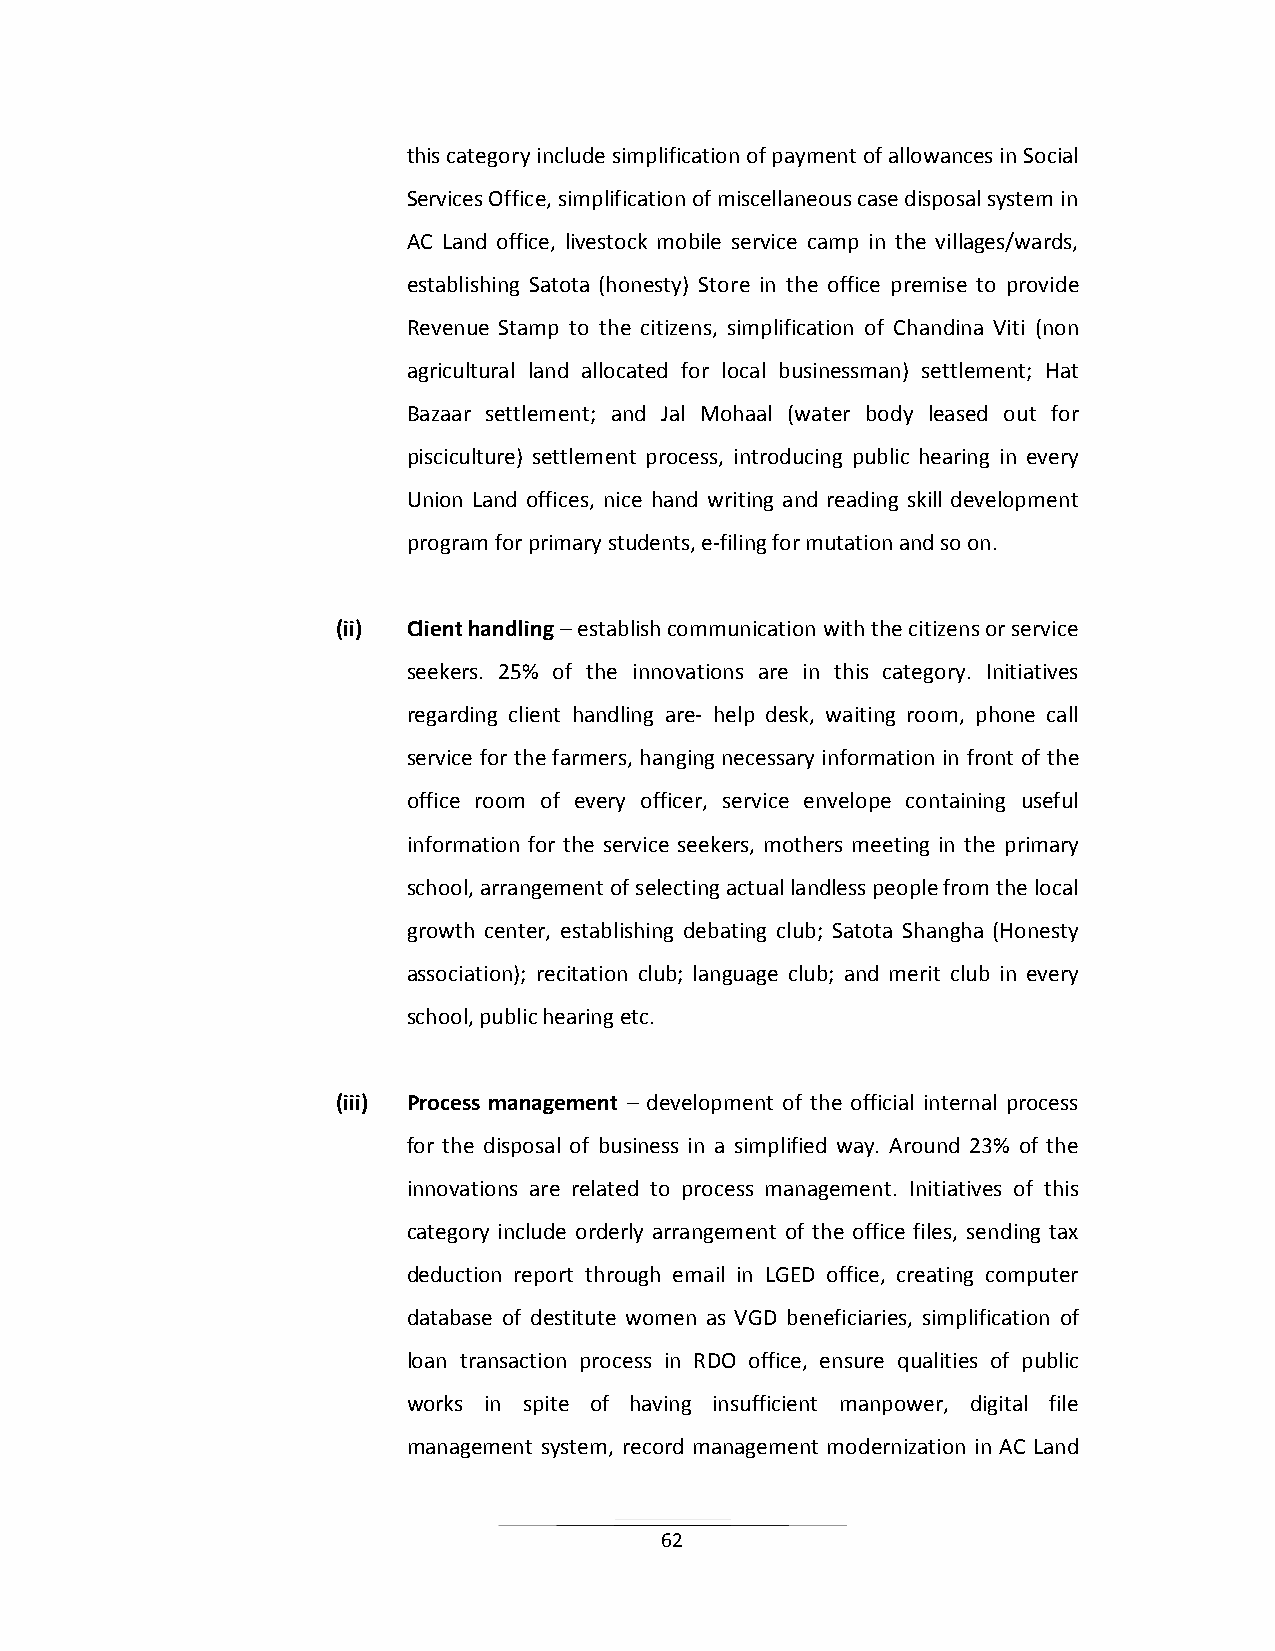
this category include simplification of payment of allowances in Social
 Services Office, simplification of miscellaneous case disposal system in
 AC Land office, livestock mobile service camp in the villages/wards,
 establishing Satota (honesty) Store in the office premise to provide
 Revenue Stamp to the citizens, simplification of Chandina Viti (non
 agricultural land allocated for local businessman) settlement; Hat
 Bazaar settlement; and Jal Mohaal (water body leased out for
 pisciculture) settlement process, introducing public hearing in every
 Union Land offices, nice hand writing and reading skill development
 program for primary students, e-filing for mutation and so on.
 (ii) Client handling – establish communication with the citizens or service
 seekers. 25% of the innovations are in this category. Initiatives
 regarding client handling are- help desk, waiting room, phone call
 service for the farmers, hanging necessary information in front of the
 office room of every officer, service envelope containing useful
 information for the service seekers, mothers meeting in the primary
 school, arrangement of selecting actual landless people from the local
 growth center, establishing debating club; Satota Shangha (Honesty
 association); recitation club; language club; and merit club in every
 school, public hearing etc.
 (iii) Process management – development of the official internal process
 for the disposal of business in a simplified way. Around 23% of the
 innovations are related to process management. Initiatives of this
 category include orderly arrangement of the office files, sending tax
 deduction report through email in LGED office, creating computer
 database of destitute women as VGD beneficiaries, simplification of
 loan transaction process in RDO office, ensure qualities of public
 works in spite of having insufficient manpower, digital file
 management system, record management modernization in AC Land
 62